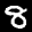
Label: 8